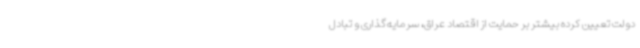
دولت تعیین کرده بیشتر بر حمایت از اقتصاد عراق، سرمایه‌گذاری و تبادل